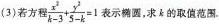
(3)若方程 $$\frac { x ^ { 2 } } { k - 3 } + \frac { y ^ { 2 } } { 5 - k } = 1$$ 表示椭圆，求的取值范围。